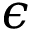
\epsilon